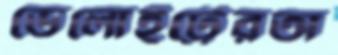
ডেলোইট্টেরঅ